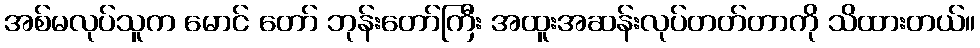
အစ်မလုပ်သူက မောင် တော် ဘုန်းတော်ကြီး အထူးအဆန်းလုပ်တတ်တာကို သိထားတယ်။